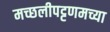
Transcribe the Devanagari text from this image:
मच्छलीपट्टणमच्या